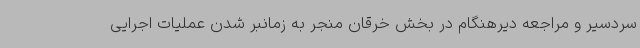
سردسیر و مراجعه دیرهنگام در بخش خرقان منجر به زمانبر شدن عملیات اجرایی